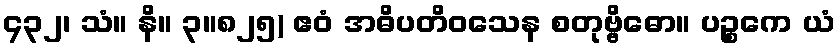
၄၃၂၊ သံ။ နိ။ ၃။၈၂၅) ဧဝံ အဓိပတိဝသေန စတုဗ္ဗိဓော။ ပဉ္စကေ ယံ